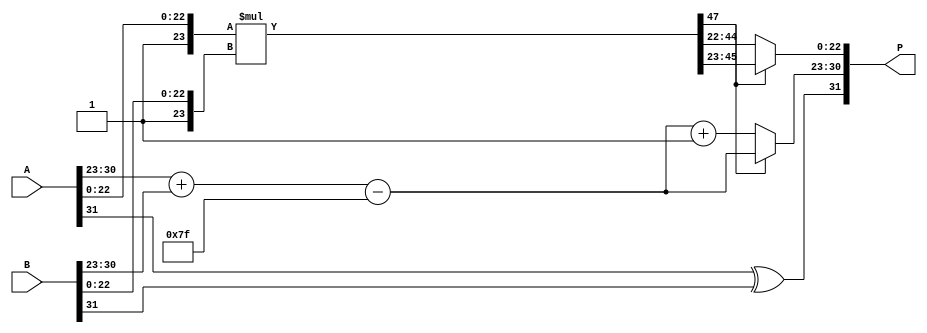
module fp_wallace_tree_multiplier (
    input [31:0] A, // Input A in IEEE 754 format
    input [31:0] B, // Input B in IEEE 754 format
    output reg [31:0] P // Output product in IEEE 754 format
);

    // Constants
    localparam BIAS = 127;
    localparam SIGNIFICAND_SIZE = 24; // 23 bits + 1 implicit bit

    // Internal signals
    wire signA, signB;
    wire [7:0] expA, expB;
    wire [23:0] sigA, sigB; // 24-bit significands (including implicit 1)
    wire [7:0] expP;
    wire signP;
    wire [47:0] sigP; // Product of significands (24 * 24 = 48 bits)
    
    // Extracting components from A and B
    assign signA = A[31];
    assign expA = A[30:23];
    assign sigA = {1'b1, A[22:0]}; // Implicit leading 1

    assign signB = B[31];
    assign expB = B[30:23];
    assign sigB = {1'b1, B[22:0]}; // Implicit leading 1

    // Sign of the product
    assign signP = signA ^ signB;

    // Exponent calculation
    assign expP = expA + expB - BIAS;

    // Partial product generation and Wallace tree reduction
    // Here we will multiply the significands using a simple method
    // In practice, this should be replaced with a Wallace tree implementation
    assign sigP = sigA * sigB;

    // Normalization and rounding logic would go here
    // For simplicity, we will assume sigP is already normalized
    // This is a placeholder for normalization logic
    reg [23:0] normalized_sigP;
    reg [7:0] adjusted_expP;
    
    always @(*) begin
        // Example normalization; actual implementation needed
        normalized_sigP = sigP[46:23]; // Taking the top 24 bits
        adjusted_expP = expP; // Placeholder for adjusted exponent

        // Check for normalization and adjust exponent
        if (sigP[47]) begin
            // If the most significant bit is 1, it's normalized
            normalized_sigP = sigP[46:23]; // Keep top 24 bits
        end else begin
            // Shift left to normalize
            normalized_sigP = sigP[45:22]; // Shift left
            adjusted_expP = expP + 1; // Adjust exponent
        end

        // Constructing the final output
        P = {signP, adjusted_expP, normalized_sigP[22:0]};
    end

endmodule